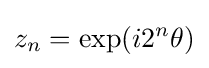
z_{n}=\exp(i2^{n}\theta )